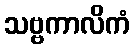
သဗ္ဗကာလိကံ